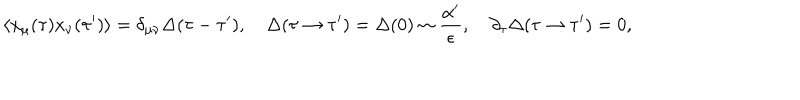
LaTeX: \langle x _ { \mu } ( \tau ) x _ { \nu } ( \tau ^ { \prime } ) \rangle = \delta _ { \mu \nu } \Delta ( \tau - \tau ^ { \prime } ) , \quad \Delta ( \tau \rightarrow \tau ^ { \prime } ) = \Delta ( 0 ) \sim \frac { \alpha ^ { \prime } } { \epsilon } , \quad \partial _ { \tau } \Delta ( \tau \rightarrow \tau ^ { \prime } ) = 0 ,